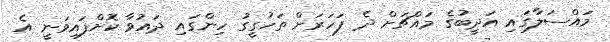
މައްސަލާގައި އަދީބުގެ މައްޗަށް ދެ ފަހަރަށް ތަހުގީގު ހިންގައި ދައުވާ ކޮށްފައިވަނީ އެ